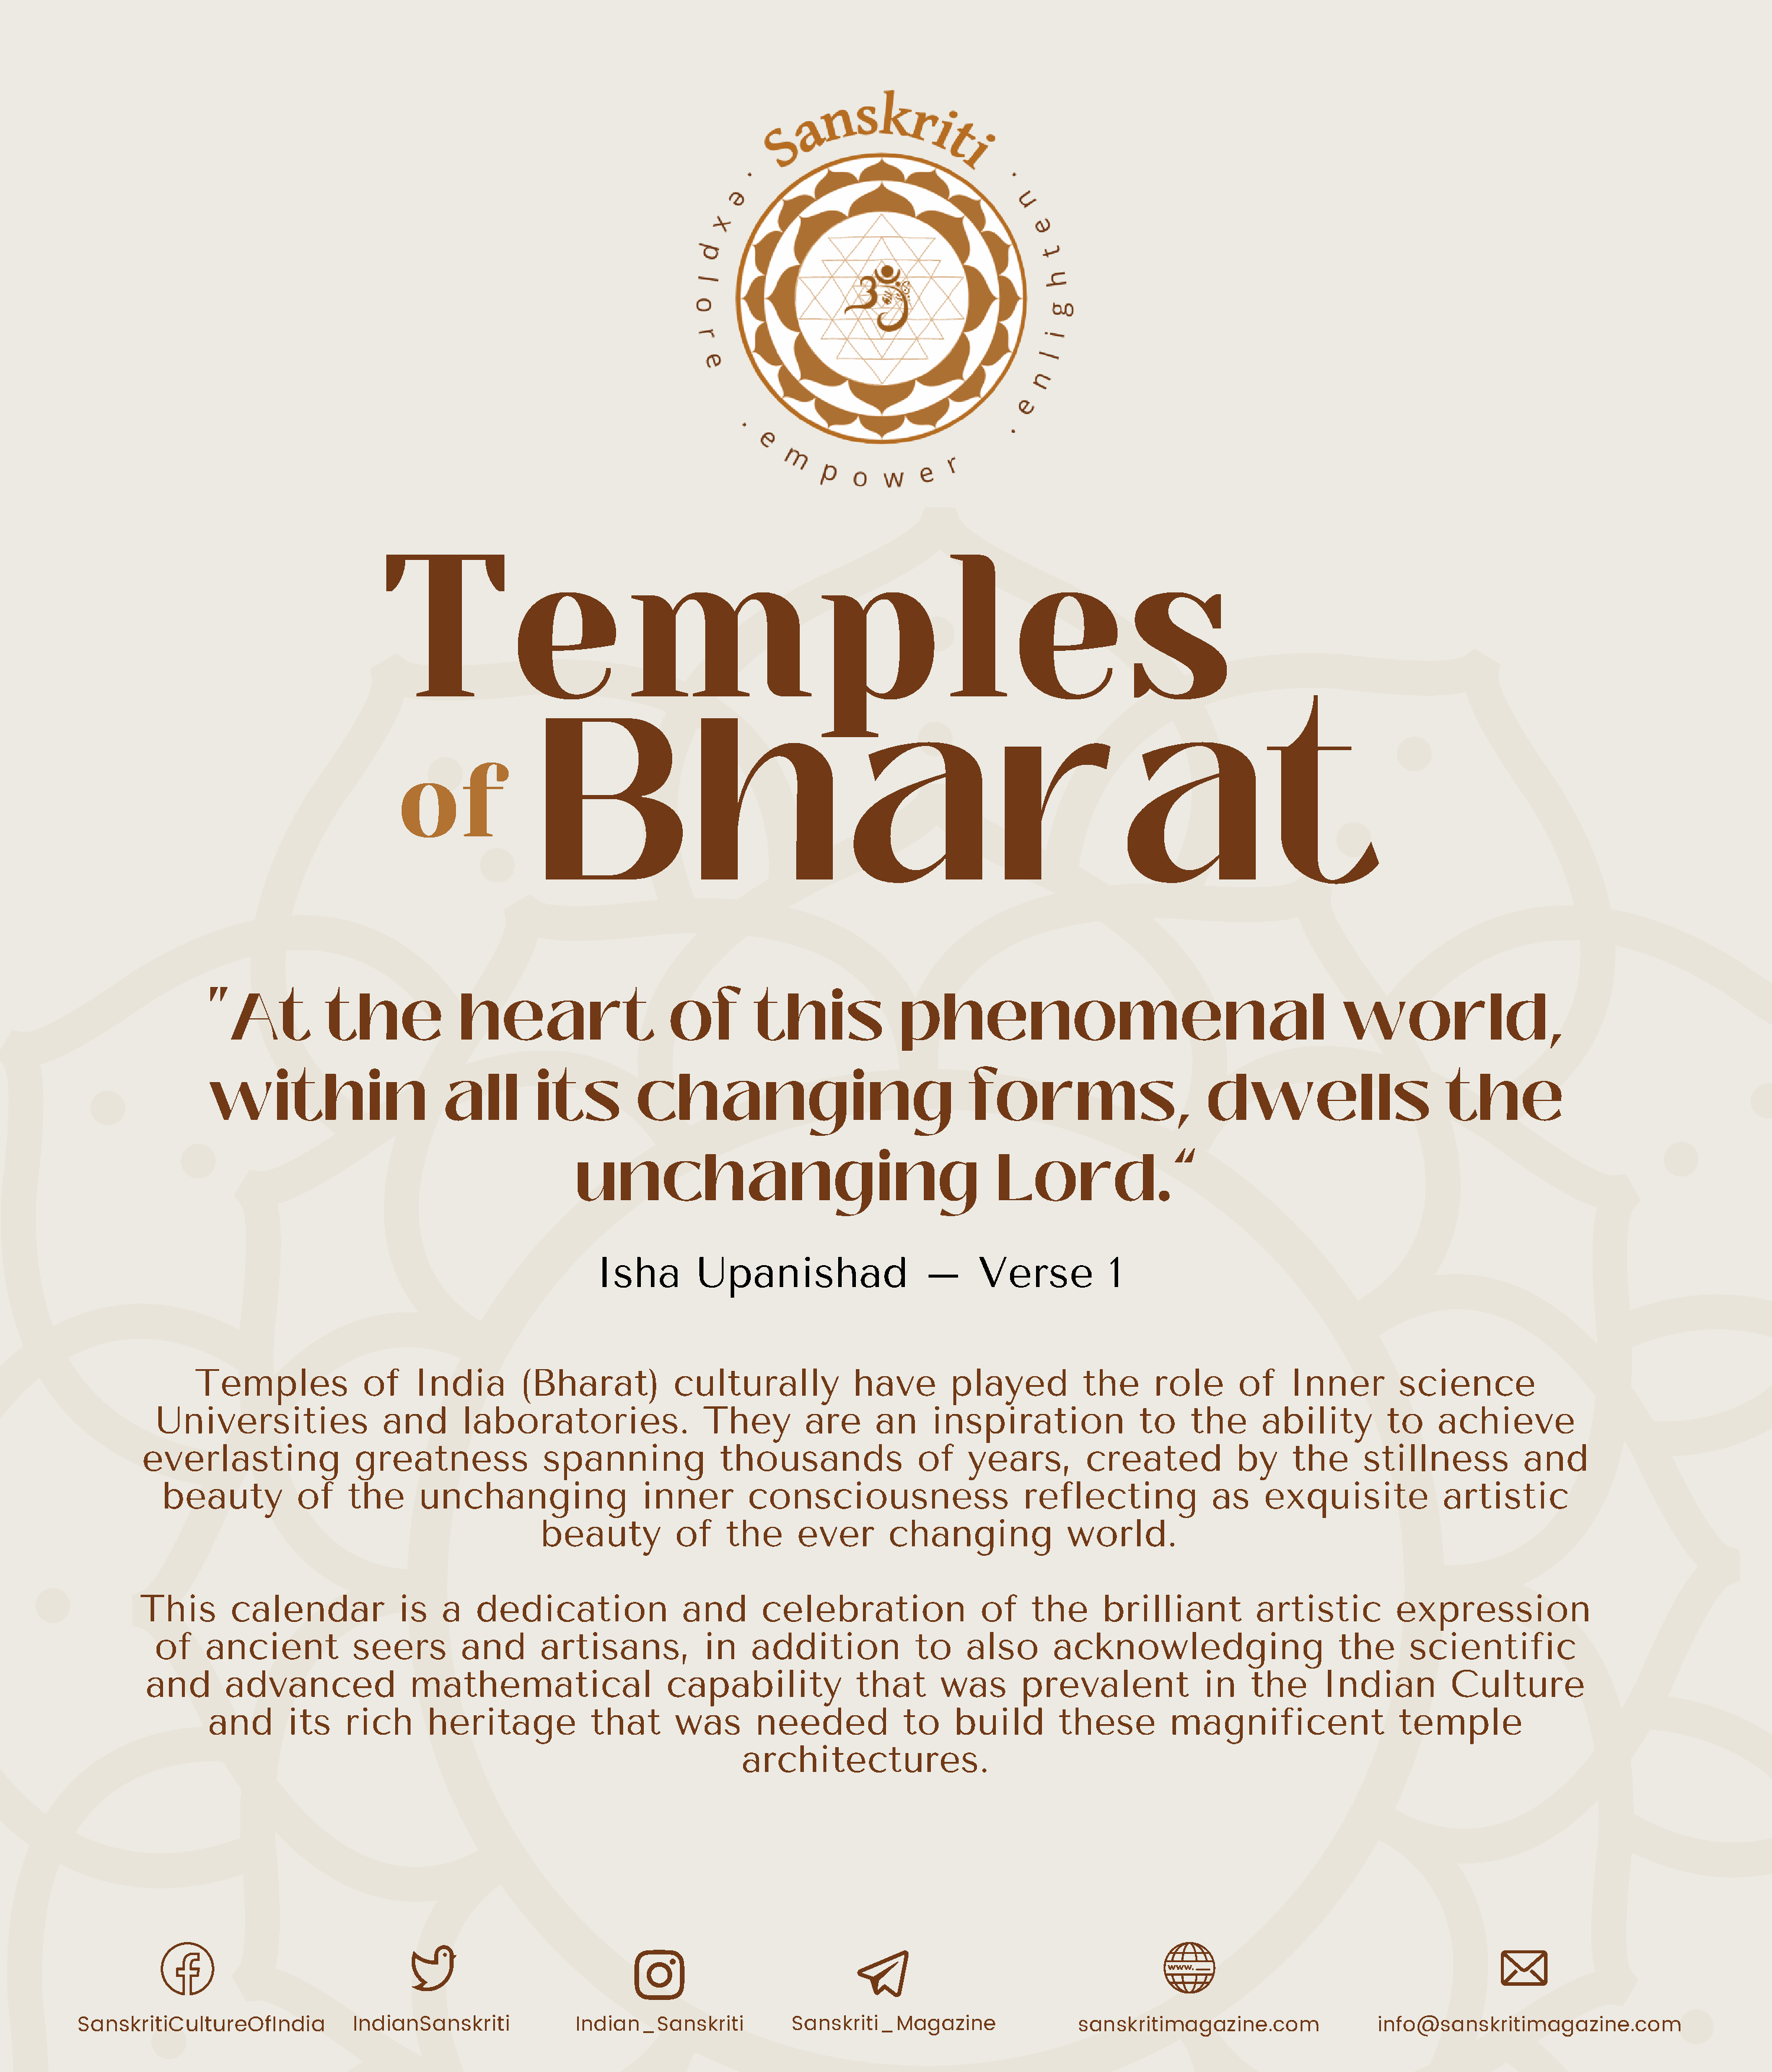
Temples
 Bharat
 of
 "At          the            heart                   of       this             phenomenal                                       world,
 within                     all       its        changing                              forms,                    dwells                     the
 unchanging                                      Lord.”
 Isha       Upanishad                –      Verse         1
 Temples            of   India       (Bharat)         culturally           have      played         the     role      of   Inner        science
 Universities              and      laboratories.              They       are     an    inspiration             to   the     ability       to    achieve
 everlasting             greatness            spanning            thousands             of   years,        created          by    the     stillness         and
 beauty         of    the     unchanging               inner       consciousness                  reflecting           as    exquisite           artistic
 beauty         of   the     ever       changing            world.
 This      calendar           is   a  dedication             and      celebration              of    the     brilliant        artistic       expression
 of    ancient         seers        and      artisans,         in   addition           to   also      acknowledging                   the     scientific
 and      advanced             mathematical                 capability           that     was      prevalent            in   the     Indian         Culture
 and      its    rich     heritage          that      was      needed          to    build       these       magnificent               temple
 architectures.
 SanskritiCultureOfIndia       IndianSanskriti          Indian_Sanskriti         Sanskriti_Magazine              sanskritimagazine.com            info@sanskritimagazine.com